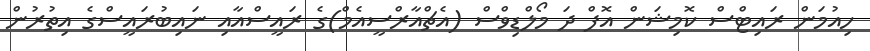
ހިއުމަން ރައިޓްސް ކޮމިޝަން އޮފް ދަ މޯލްޑިވްސް (އެޗްއާރްސީއެމް)ގެ ރައީސްއާއި ނައިބުރައީސްގެ އިތުރުން